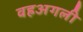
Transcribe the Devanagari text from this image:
वहअगली